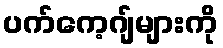
ပက်ကေ့ဂျ်များကို